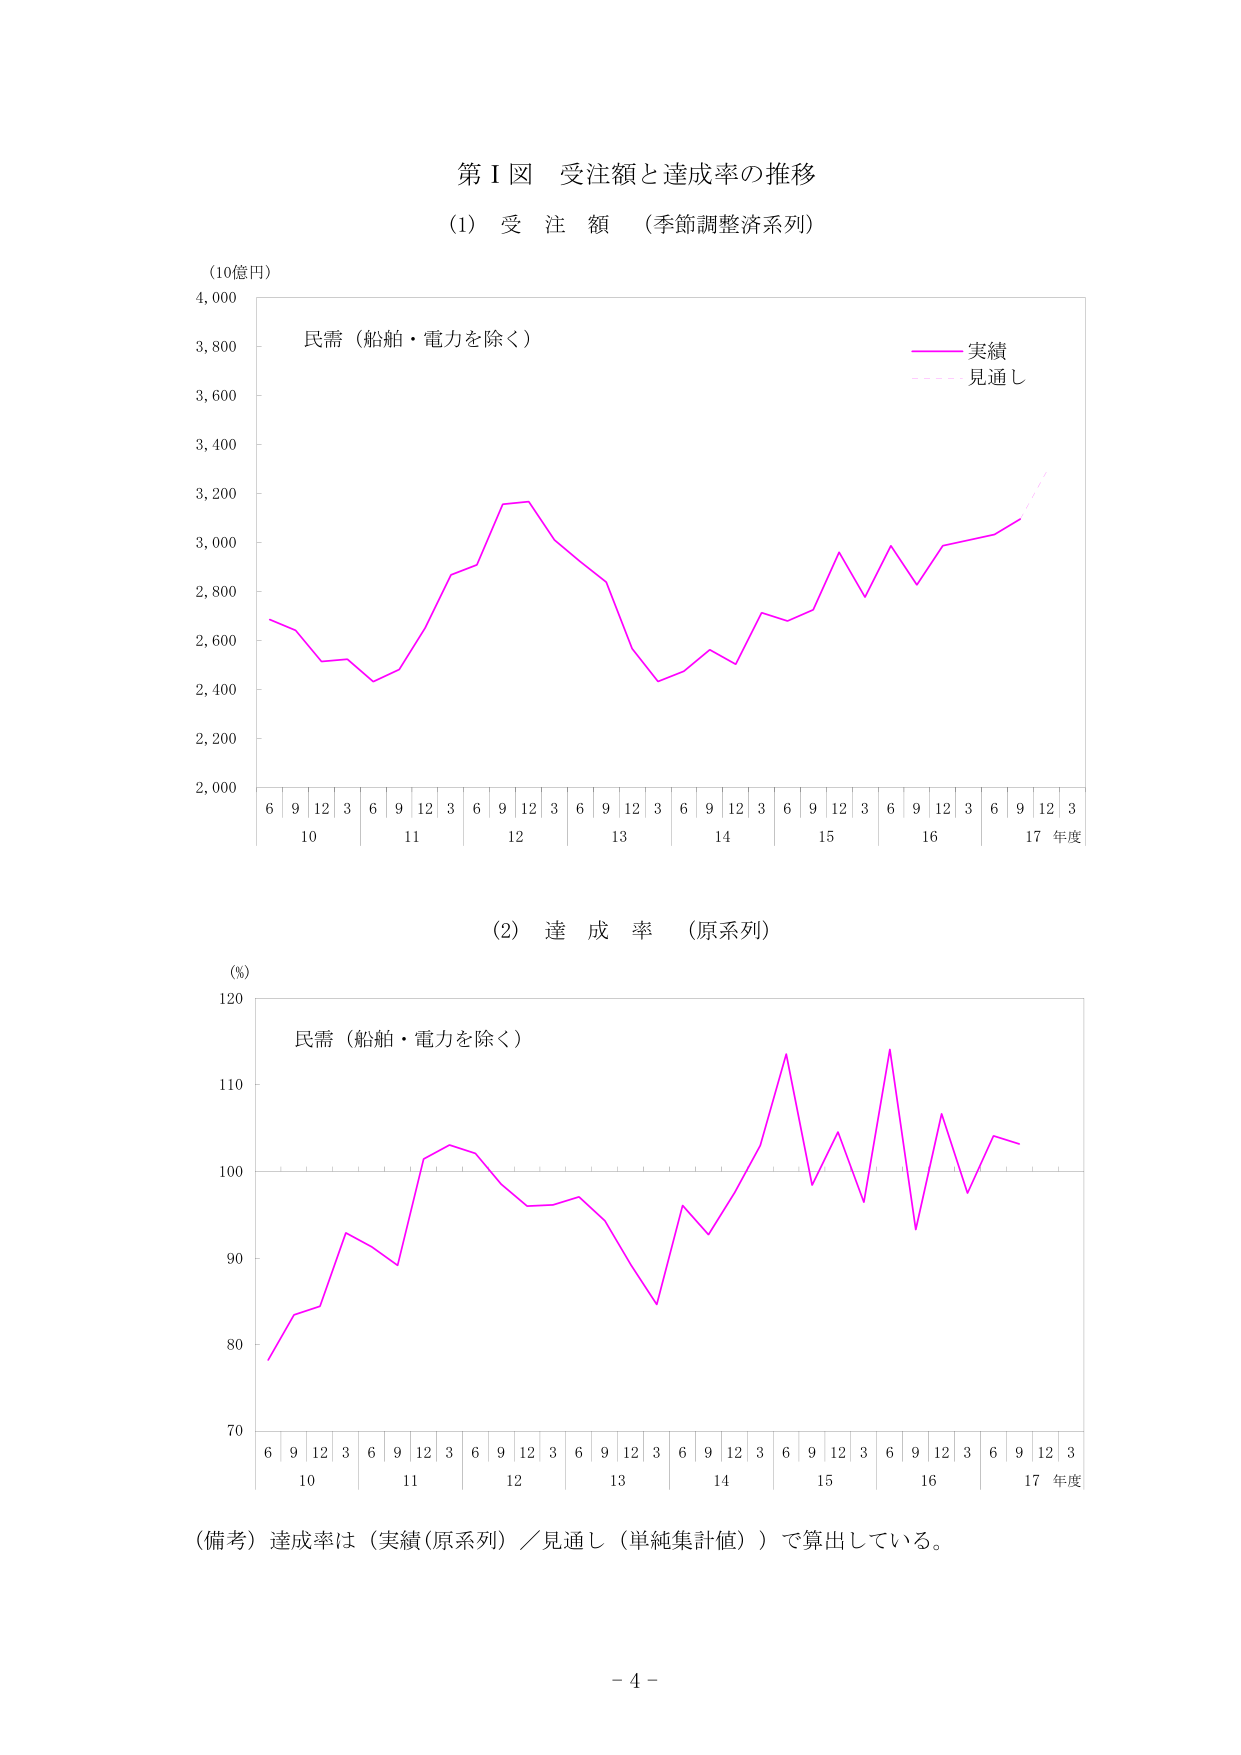
第Ⅰ図 受注額と達成率の推移

(1) 受注額 （季節調整済系列）

(10億円)
4,000
3,800
3,600
3,400
3,200
3,000
2,800
2,600
2,400
2,200
2,000

民需（船舶・電力を除く）

実績
見通し

6 9 12 3 6 9 12 3 6 9 12 3 6 9 12 3 6 9 12 3 6 9 12 3 6 9 12 3
10 11 12 13 14 15 16 17 年度

(2) 達成率 （原系列）

(%)
120
110
100
90
80
70

民需（船舶・電力を除く）

6 9 12 3 6 9 12 3 6 9 12 3 6 9 12 3 6 9 12 3 6 9 12 3 6 9 12 3
10 11 12 13 14 15 16 17 年度

（備考）達成率は（実績（原系列）／見通し（単純集計値））で算出している。

- 4 -